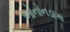
ઓનોનડાગા